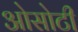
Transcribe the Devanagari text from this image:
ओसोटी